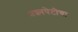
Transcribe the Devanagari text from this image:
प्रश्‍नपेटीचा